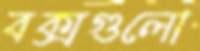
বক্সগুলো